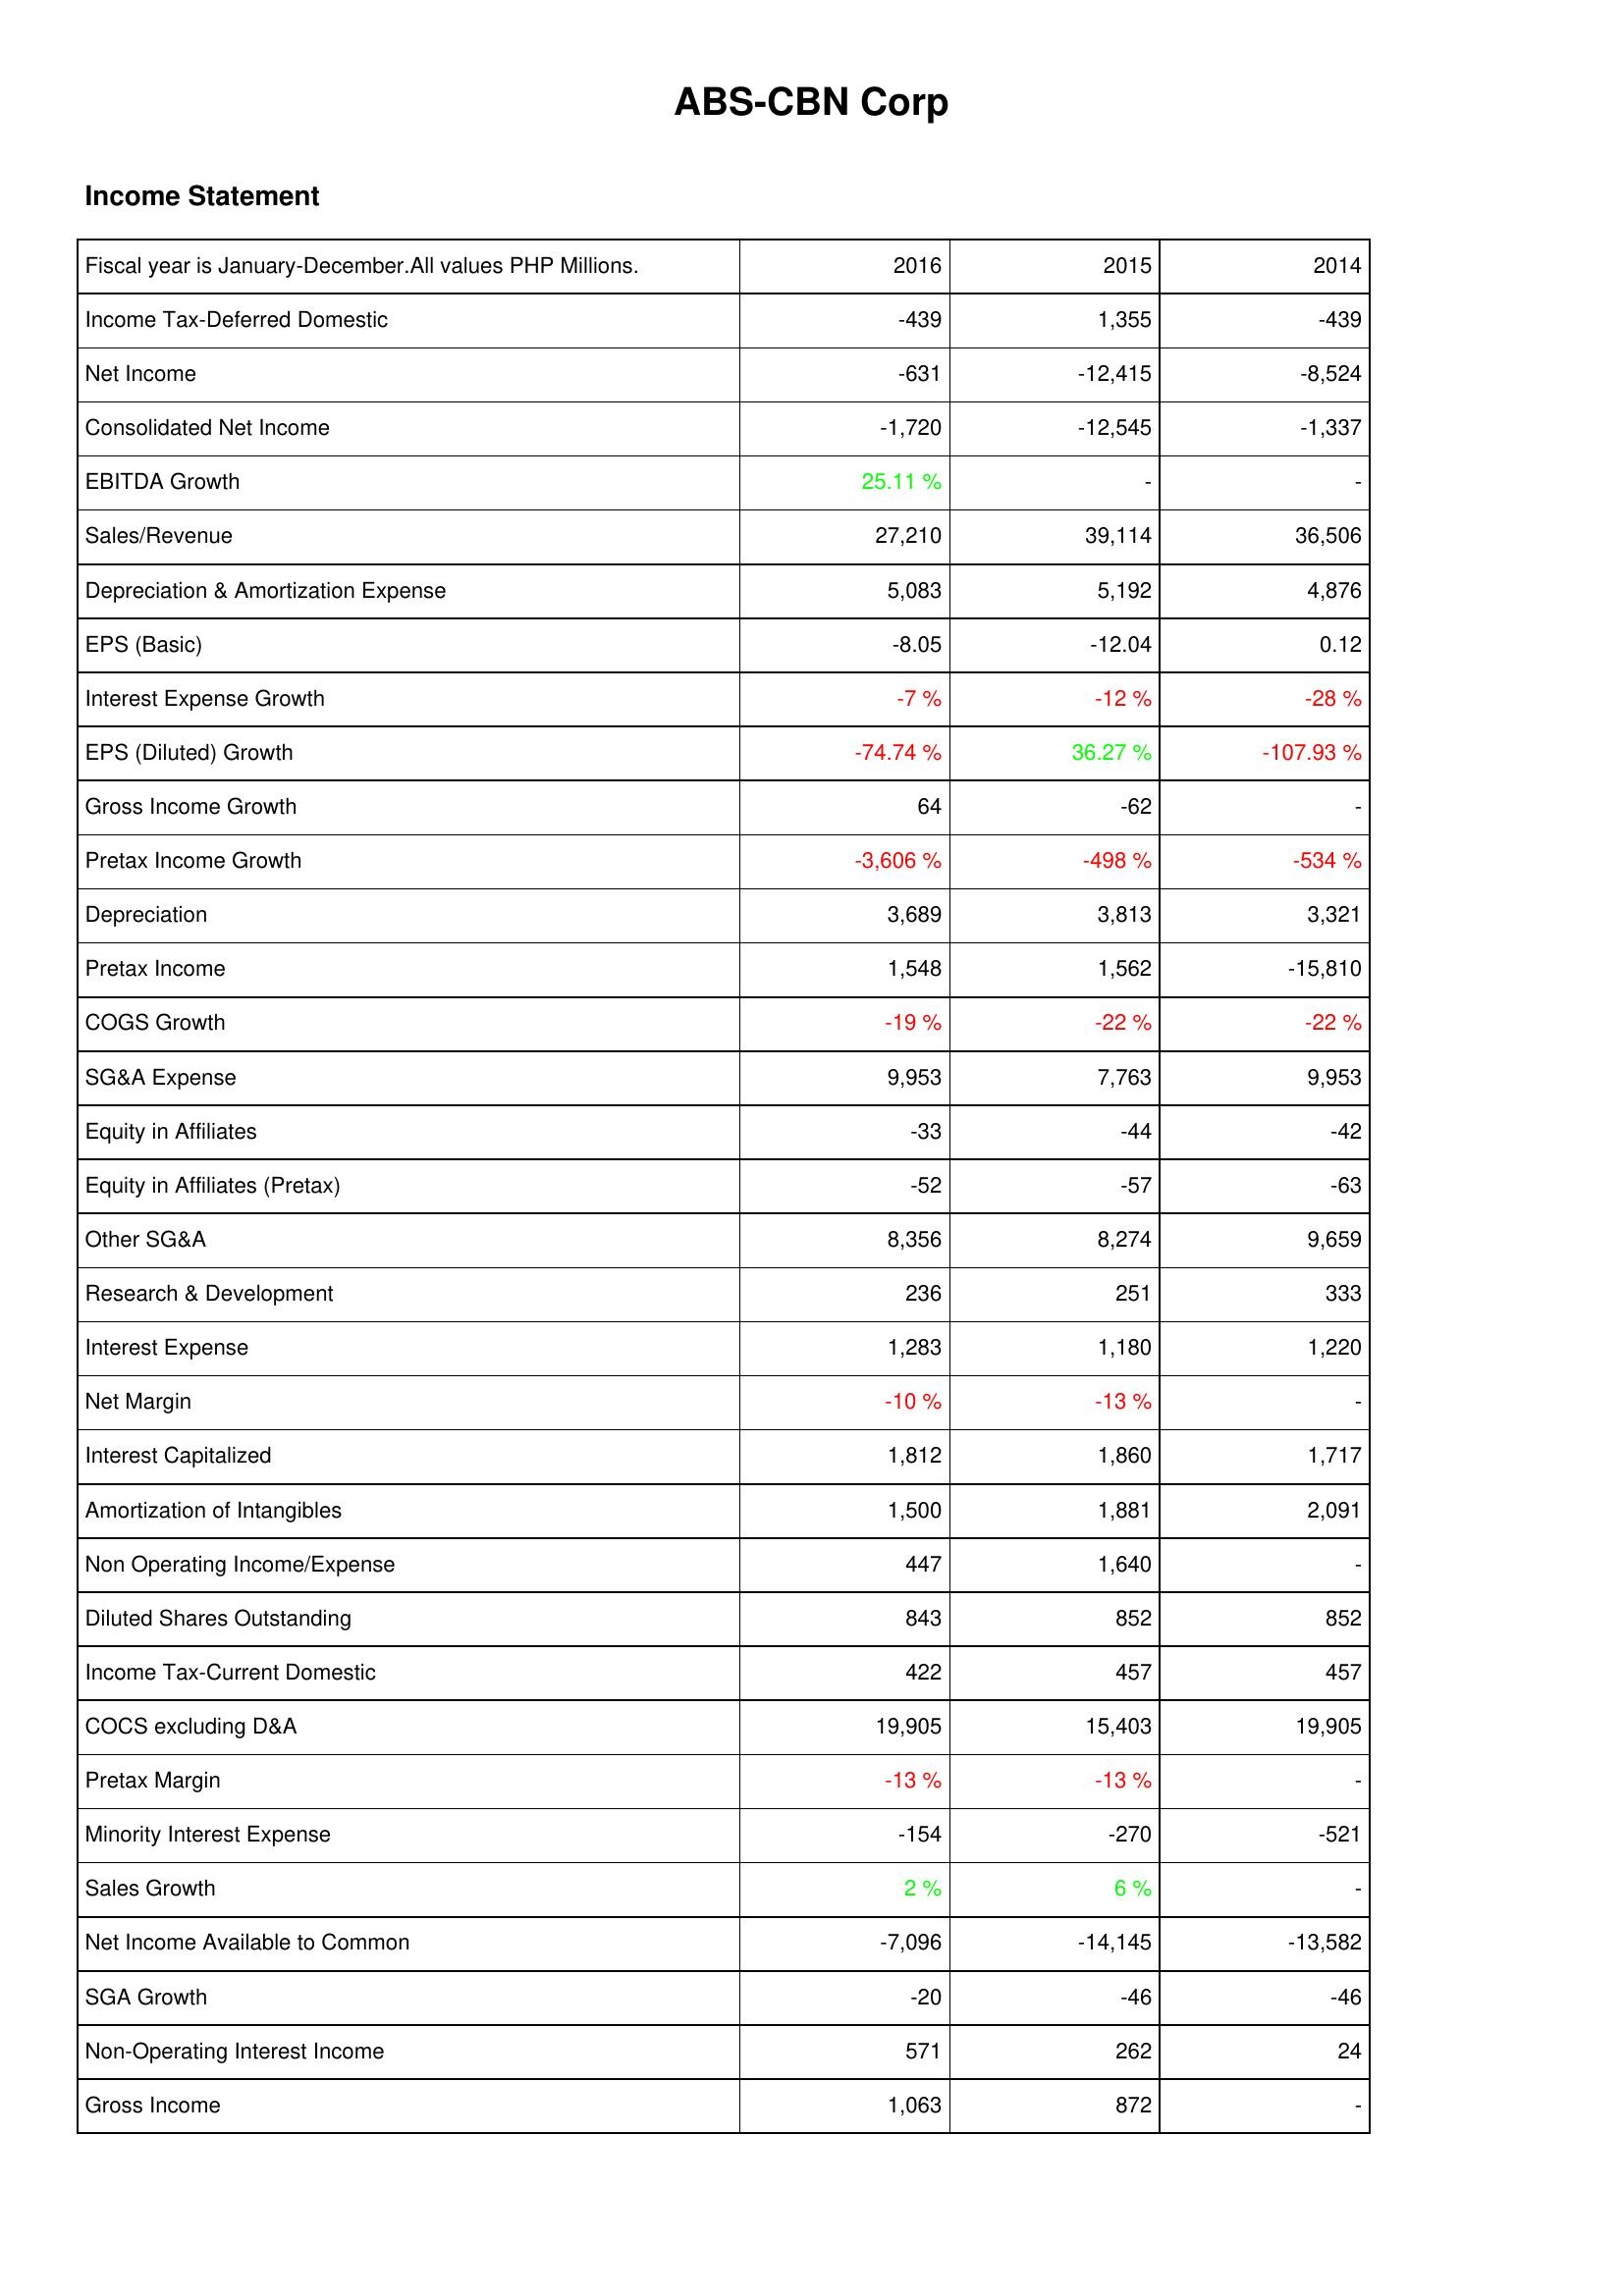
2016: Income Statement: Income Tax-Deferred Domestic: -439
Net Income: -631
Consolidated Net Income: -1,720
EBITDA Growth: 25.11 %
Sales/Revenue: 27,210
Depreciation & Amortization Expense: 5,083
EPS (Basic): -8.05
Interest Expense Growth: -7 %
EPS (Diluted) Growth: -74.74 %
Gross Income Growth: 64
Pretax Income Growth: -3,606 %
Depreciation: 3,689
Pretax Income: 1,548
COGS Growth: -19 %
SG&A Expense: 9,953
Equity in Affiliates: -33
Equity in Affiliates (Pretax): -52
Other SG&A: 8,356
Research & Development: 236
Interest Expense: 1,283
Net Margin: -10 %
Interest Capitalized: 1,812
Amortization of Intangibles: 1,500
Non Operating Income/Expense: 447
Diluted Shares Outstanding: 843
Income Tax-Current Domestic: 422
COCS excluding D&A: 19,905
Pretax Margin: -13 %
Minority Interest Expense: -154
Sales Growth: 2 %
Net Income Available to Common: -7,096
SGA Growth: -20
Non-Operating Interest Income: 571
Gross Income: 1,063
2015: Income Statement: Income Tax-Deferred Domestic: 1,355
Net Income: -12,415
Consolidated Net Income: -12,545
EBITDA Growth: -
Sales/Revenue: 39,114
Depreciation & Amortization Expense: 5,192
EPS (Basic): -12.04
Interest Expense Growth: -12 %
EPS (Diluted) Growth: 36.27 %
Gross Income Growth: -62
Pretax Income Growth: -498 %
Depreciation: 3,813
Pretax Income: 1,562
COGS Growth: -22 %
SG&A Expense: 7,763
Equity in Affiliates: -44
Equity in Affiliates (Pretax): -57
Other SG&A: 8,274
Research & Development: 251
Interest Expense: 1,180
Net Margin: -13 %
Interest Capitalized: 1,860
Amortization of Intangibles: 1,881
Non Operating Income/Expense: 1,640
Diluted Shares Outstanding: 852
Income Tax-Current Domestic: 457
COCS excluding D&A: 15,403
Pretax Margin: -13 %
Minority Interest Expense: -270
Sales Growth: 6 %
Net Income Available to Common: -14,145
SGA Growth: -46
Non-Operating Interest Income: 262
Gross Income: 872
2014: Income Statement: Income Tax-Deferred Domestic: -439
Net Income: -8,524
Consolidated Net Income: -1,337
EBITDA Growth: -
Sales/Revenue: 36,506
Depreciation & Amortization Expense: 4,876
EPS (Basic): 0.12
Interest Expense Growth: -28 %
EPS (Diluted) Growth: -107.93 %
Gross Income Growth: -
Pretax Income Growth: -534 %
Depreciation: 3,321
Pretax Income: -15,810
COGS Growth: -22 %
SG&A Expense: 9,953
Equity in Affiliates: -42
Equity in Affiliates (Pretax): -63
Other SG&A: 9,659
Research & Development: 333
Interest Expense: 1,220
Net Margin: -
Interest Capitalized: 1,717
Amortization of Intangibles: 2,091
Non Operating Income/Expense: -
Diluted Shares Outstanding: 852
Income Tax-Current Domestic: 457
COCS excluding D&A: 19,905
Pretax Margin: -
Minority Interest Expense: -521
Sales Growth: -
Net Income Available to Common: -13,582
SGA Growth: -46
Non-Operating Interest Income: 24
Gross Income: -